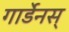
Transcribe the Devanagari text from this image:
गार्डेनस्